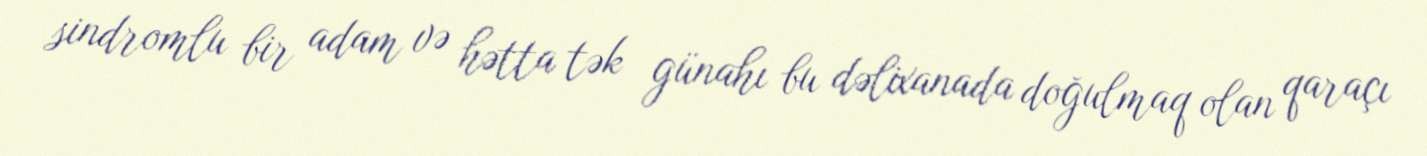
sindromlu bir adam və hətta tək günahı bu dəlixanada doğulmaq olan qaraçı